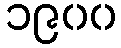
၁၉၀၀